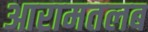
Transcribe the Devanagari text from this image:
आरामतलब